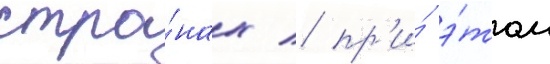
стра́нах / пр'и́ э́том